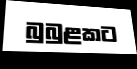
බුබුළකට